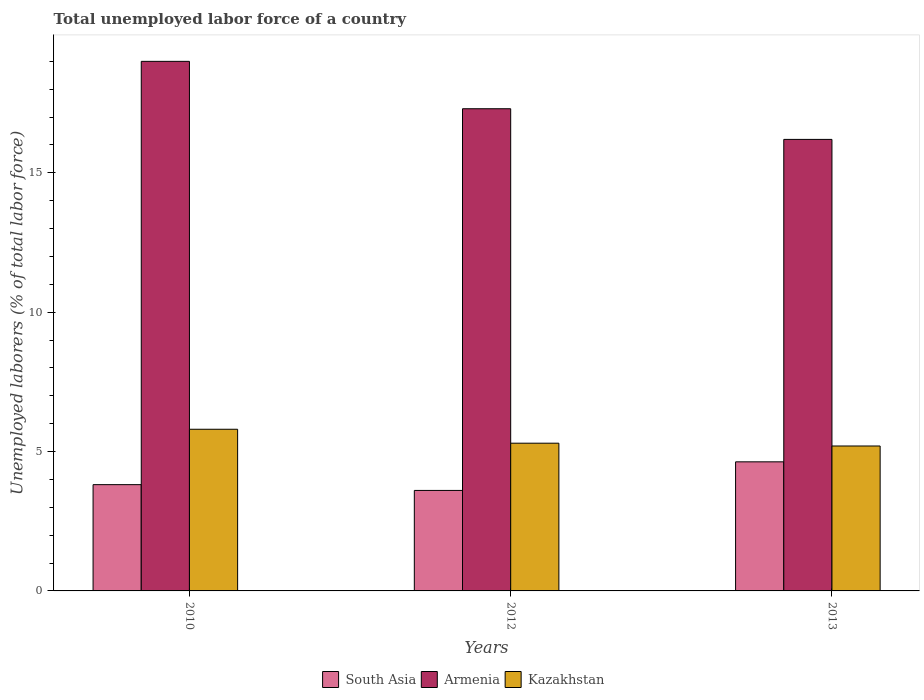
| Years | South Asia | Armenia | Kazakhstan |
 | --- | --- | --- | --- |
 | 2010 | 3.81 | 19 | 5.8 |
 | 2012 | 3.61 | 17.3 | 5.3 |
 | 2013 | 4.63 | 16.2 | 5.2 |